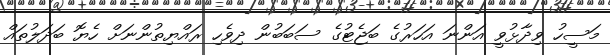
މަސީހު ވިދާޅުވީ އަންނަ އަހަރުގެ ބަޖެޓުގެ ސަބަބުން ދިވެހި ރައްޔިތުންނަށް ހެޔޮ ބަދަލުތައް